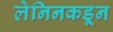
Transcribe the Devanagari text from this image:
लेनिनकडून